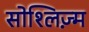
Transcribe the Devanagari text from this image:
सोश्लिज़्म